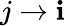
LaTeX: j\rightarrow\mathbf{i}